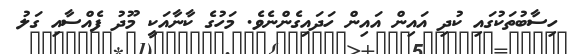
ހިސާބުތަކުގައި ކުދި އައިން އައިން ހަދައިގެންނެވެ. މަހުގެ ކާނާއަކީ މޫދު ފެއްސާއި ގަލު